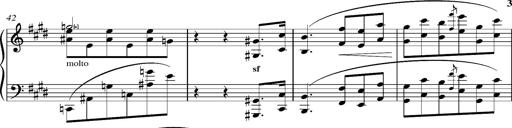
Title: Madrigal
Composer: Lucien Wurmser
Key: A major